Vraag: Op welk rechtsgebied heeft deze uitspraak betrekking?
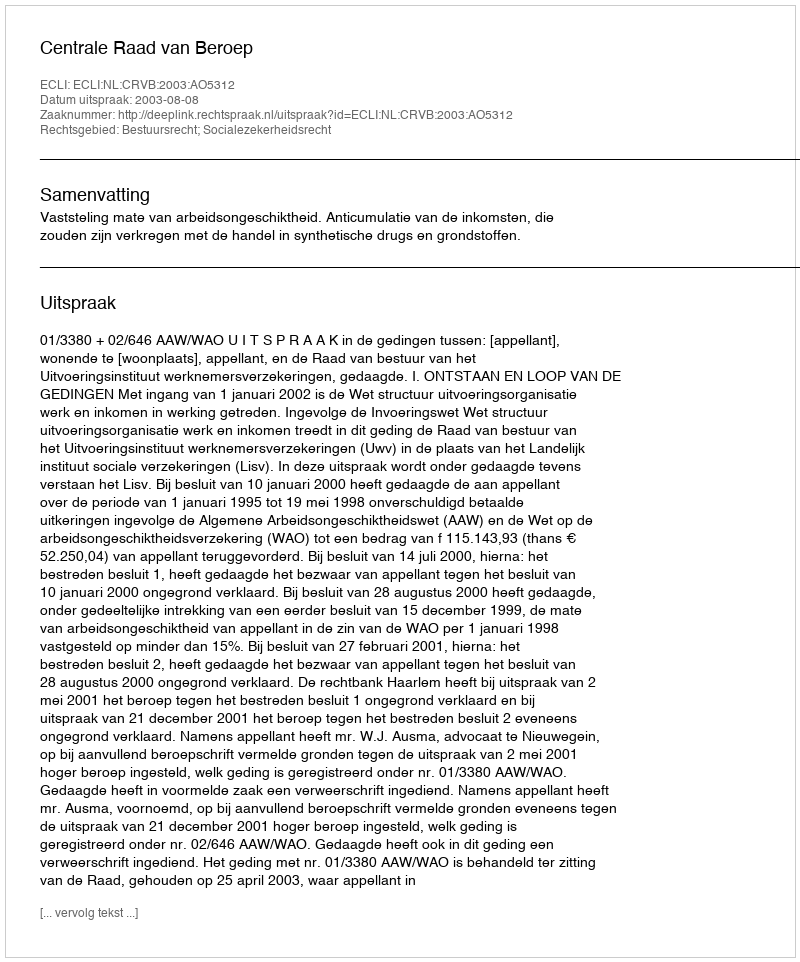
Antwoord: Bestuursrecht; Socialezekerheidsrecht